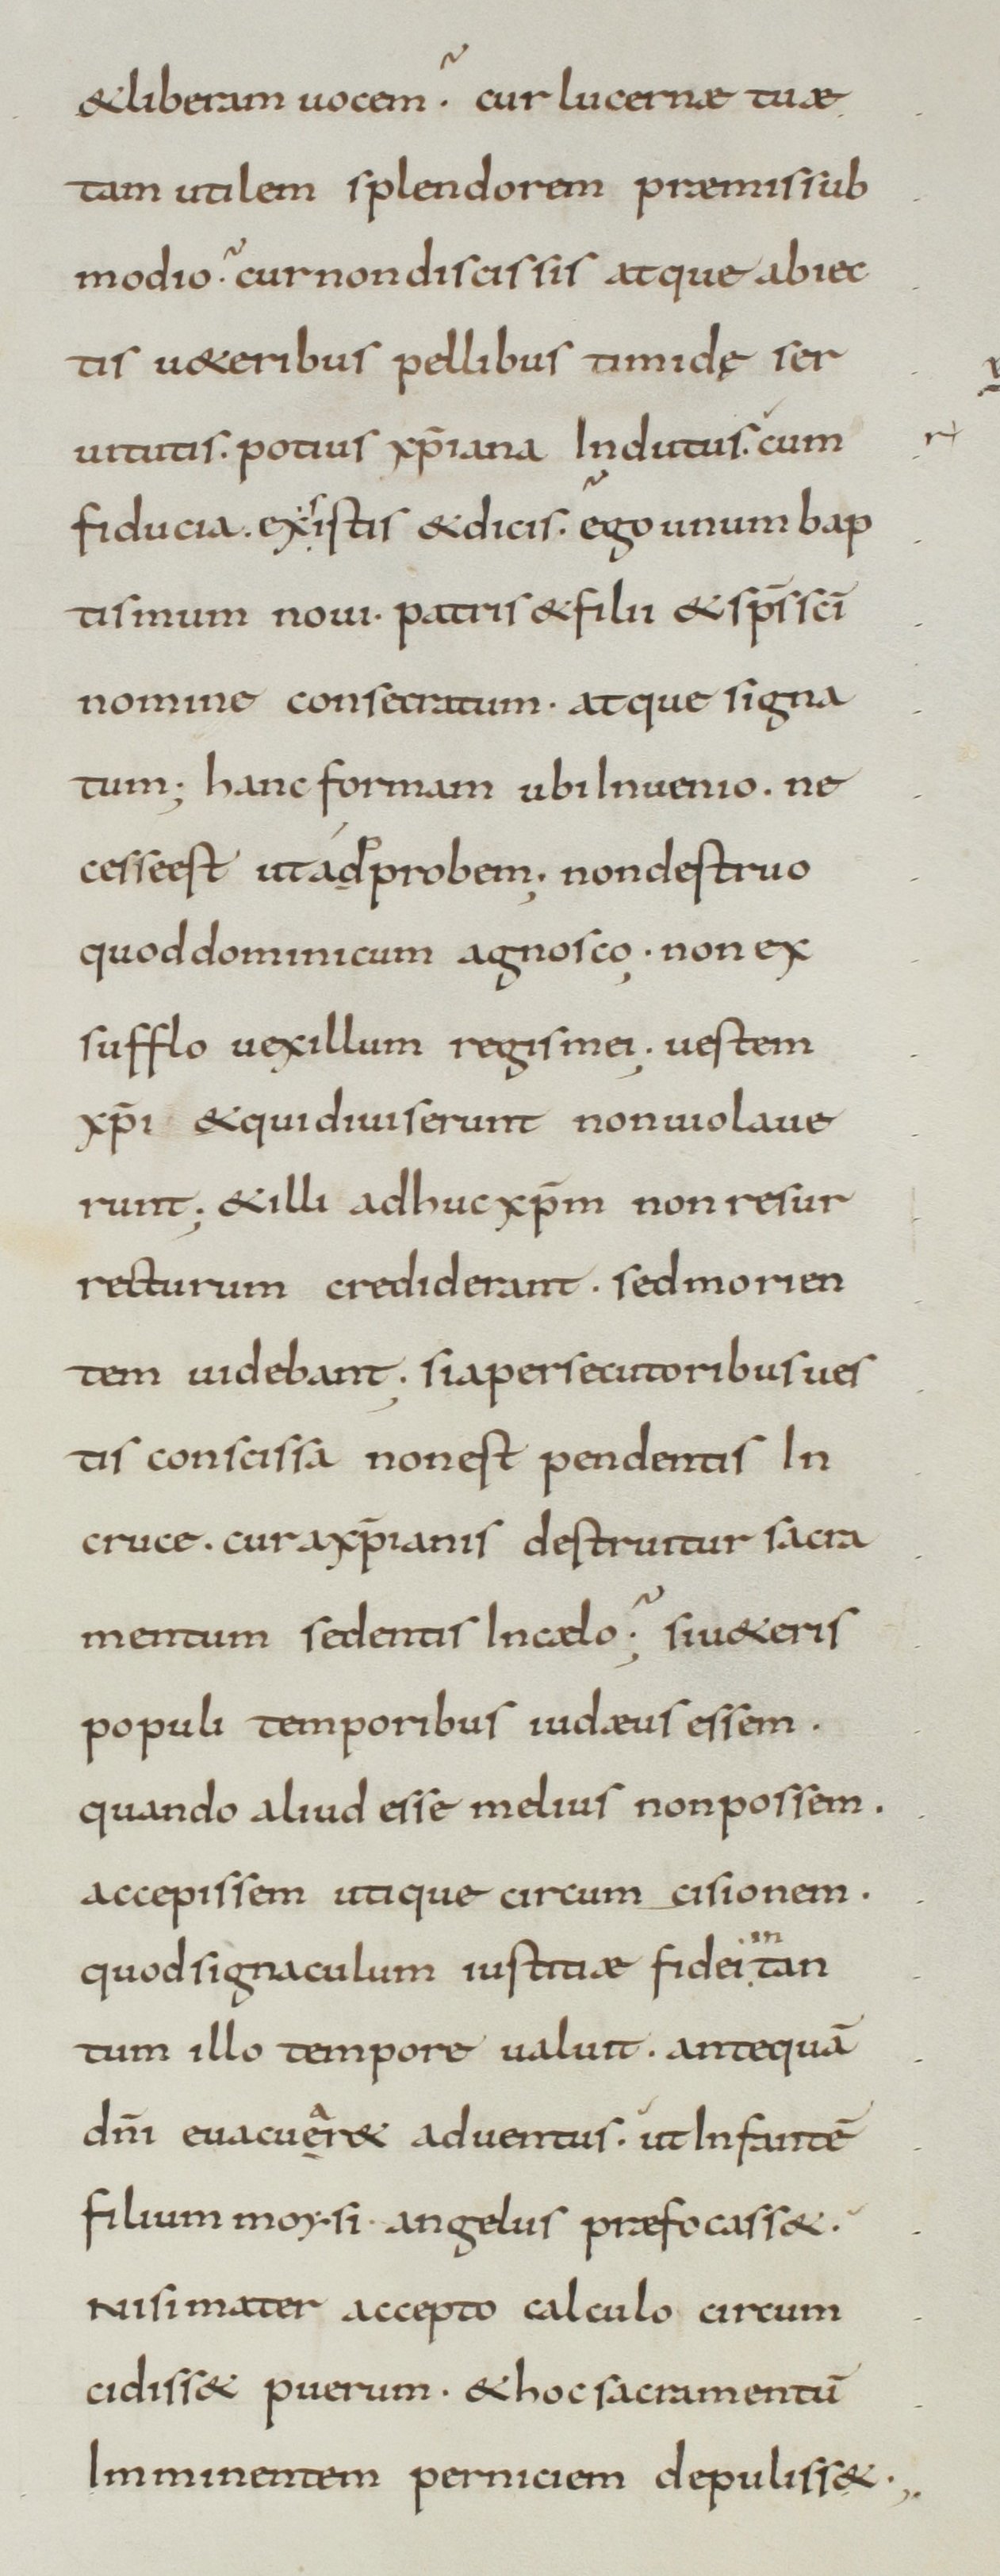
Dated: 800–899